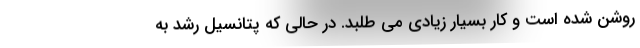
روشن شده است و کار بسیار زیادی می­ طلبد. در حالی که پتانسیل رشد به